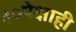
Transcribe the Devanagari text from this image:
३०पेक्षाही